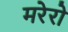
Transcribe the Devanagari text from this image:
मरेरो